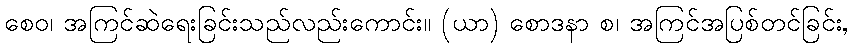
စေဝ၊ အကြင်ဆဲရေးခြင်းသည်လည်းကောင်း။ (ယာ) စောဒနာ စ၊ အကြင်အပြစ်တင်ခြင်း,